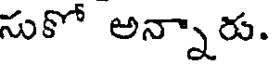
సుకో అన్నారు.